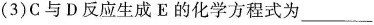
(3)C与D反应生成E的化学方程式为___